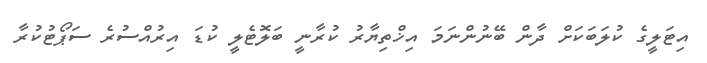
އިޓަލީގެ ކުލަބަކަށް ދާން ބޭނުންނަމަ އިޚްތިޔާރު ކުރާނީ ބަލޮޓެލީ ކުޑަ އިރުއްސުރެ ސަޕޯޓުކުރާ